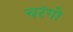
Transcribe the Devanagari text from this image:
चरंगो